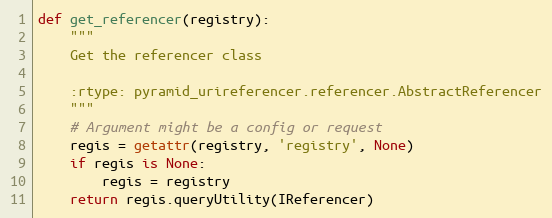
Language: Python
def get_referencer(registry):
    """
    Get the referencer class

    :rtype: pyramid_urireferencer.referencer.AbstractReferencer
    """
    # Argument might be a config or request
    regis = getattr(registry, 'registry', None)
    if regis is None:
        regis = registry
    return regis.queryUtility(IReferencer)